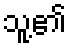
သူ့၏